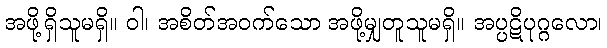
အဖို့ရှိသူမရှိ။ ဝါ၊ အစိတ်အဝက်သော အဖို့မျှတူသူမရှိ။ အပ္ပဋိပုဂ္ဂလော၊